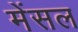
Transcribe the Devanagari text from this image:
मेंसल